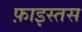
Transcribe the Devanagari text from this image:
फ़ाइस्तस